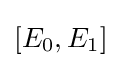
[E_{0},E_{1}]